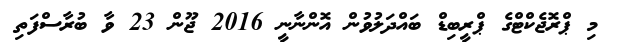
މި ޕްރޮޖެކްޓްގެ ޕްރީބިޑް ބައްދަލުވުން އޮންނާނީ 2016 ޖޫން 23 ވާ ބުރާސްފަތި